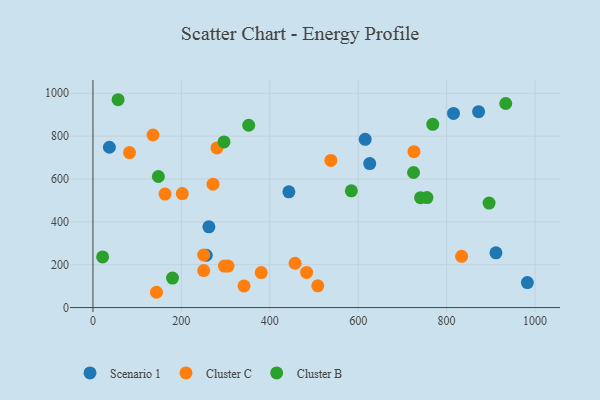
{"axis": {"x": "Ad Spend", "y": "Demand"}, "legend": ["Cluster B", "Cluster C", "Scenario 1"], "data": [{"x": "37.2", "y": 748.2, "type": "Scenario 1"}, {"x": "615.8", "y": 785.3, "type": "Scenario 1"}, {"x": "443.2", "y": 540.1, "type": "Scenario 1"}, {"x": "262.3", "y": 376.6, "type": "Scenario 1"}, {"x": "626.1", "y": 671.9, "type": "Scenario 1"}, {"x": "872.3", "y": 913.9, "type": "Scenario 1"}, {"x": "982.7", "y": 116.6, "type": "Scenario 1"}, {"x": "911.6", "y": 255.2, "type": "Scenario 1"}, {"x": "815.6", "y": 905.8, "type": "Scenario 1"}, {"x": "256.3", "y": 244.0, "type": "Scenario 1"}, {"x": "483.4", "y": 164.0, "type": "Cluster C"}, {"x": "271.6", "y": 576.0, "type": "Cluster C"}, {"x": "250.5", "y": 245.3, "type": "Cluster C"}, {"x": "250.6", "y": 172.4, "type": "Cluster C"}, {"x": "163.1", "y": 529.8, "type": "Cluster C"}, {"x": "82.7", "y": 723.2, "type": "Cluster C"}, {"x": "305.5", "y": 193.8, "type": "Cluster C"}, {"x": "297.4", "y": 193.7, "type": "Cluster C"}, {"x": "202.1", "y": 531.7, "type": "Cluster C"}, {"x": "538.2", "y": 686.8, "type": "Cluster C"}, {"x": "341.8", "y": 100.9, "type": "Cluster C"}, {"x": "380.7", "y": 163.2, "type": "Cluster C"}, {"x": "135.9", "y": 805.3, "type": "Cluster C"}, {"x": "143.7", "y": 71.3, "type": "Cluster C"}, {"x": "834.0", "y": 239.3, "type": "Cluster C"}, {"x": "280.5", "y": 744.9, "type": "Cluster C"}, {"x": "508.6", "y": 101.6, "type": "Cluster C"}, {"x": "457.2", "y": 206.7, "type": "Cluster C"}, {"x": "726.2", "y": 727.5, "type": "Cluster C"}, {"x": "21.9", "y": 236.1, "type": "Cluster B"}, {"x": "768.7", "y": 855.1, "type": "Cluster B"}, {"x": "755.5", "y": 513.3, "type": "Cluster B"}, {"x": "725.2", "y": 630.3, "type": "Cluster B"}, {"x": "584.5", "y": 544.7, "type": "Cluster B"}, {"x": "352.3", "y": 850.7, "type": "Cluster B"}, {"x": "56.9", "y": 969.9, "type": "Cluster B"}, {"x": "741.1", "y": 512.9, "type": "Cluster B"}, {"x": "296.5", "y": 772.8, "type": "Cluster B"}, {"x": "933.8", "y": 952.2, "type": "Cluster B"}, {"x": "180.0", "y": 137.8, "type": "Cluster B"}, {"x": "148.0", "y": 611.5, "type": "Cluster B"}, {"x": "896.1", "y": 487.4, "type": "Cluster B"}]}